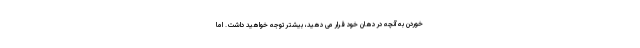
خوردن به آنچه در دهان خود قرار می دهید، بیشتر توجه خواهید داشت. اما